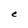
Character: e